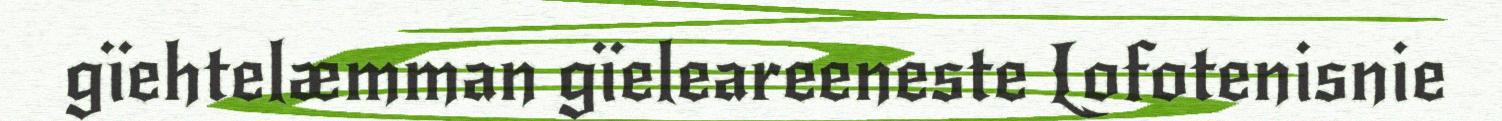
gïehtelæmman gïeleareeneste Lofotenisnie